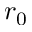
r _ { 0 }